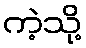
ကဲ့သို့